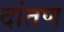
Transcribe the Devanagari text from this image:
दांतण